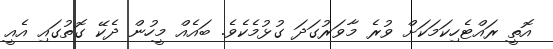
އޮތީ ރައްޓެހިކަމަކަށް ވުރެ މާވަރުގަދަ ގުޅުމެކެވެ. ބައެއް މީހުން ދެކޭ ގޮތުގައި އެއީ